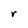
Character: r